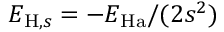
E _ { \mathrm { H } , s } = - E _ { \mathrm { H a } } / ( 2 s ^ { 2 } )